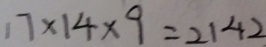
1 7 \times 1 4 \times 9 = 2 1 4 2